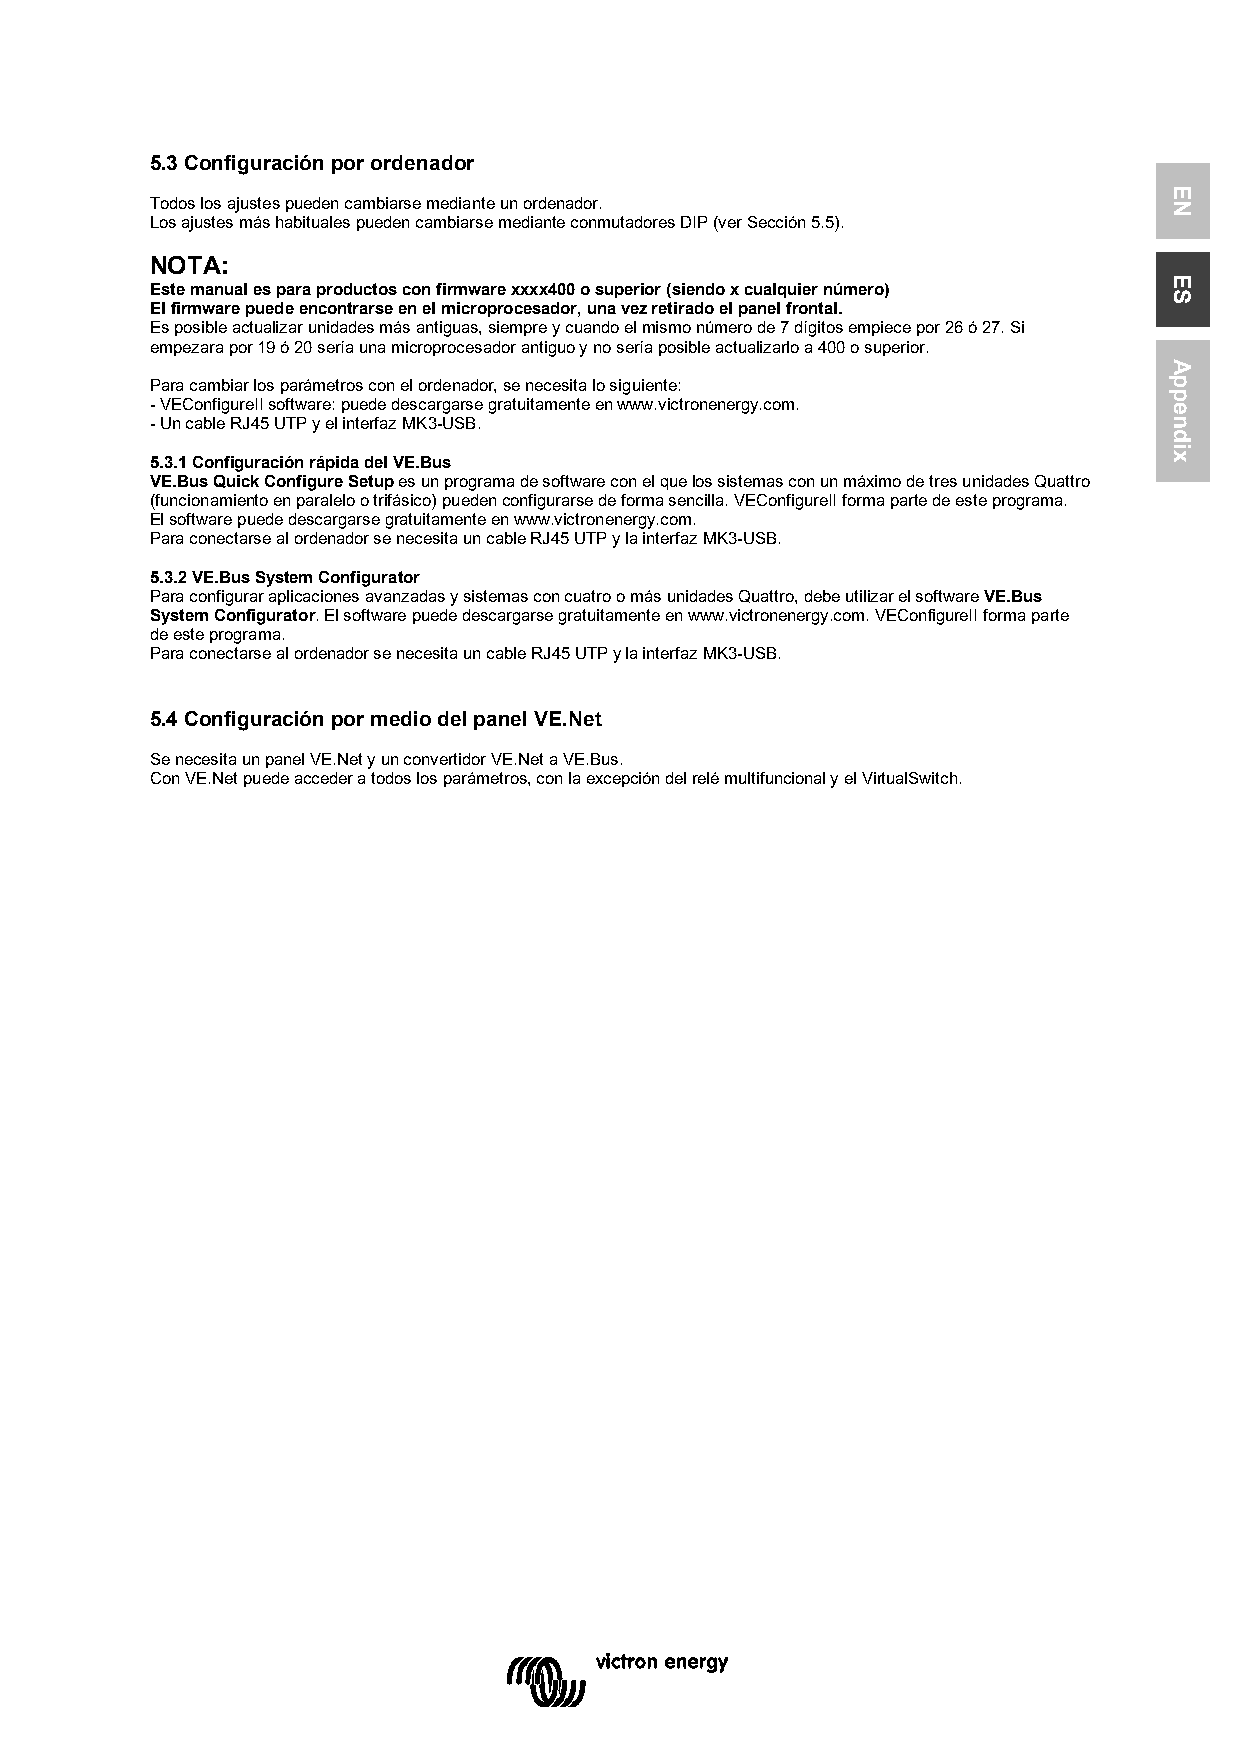
5.3 Configuración por ordenador
 Todos los ajustes pueden cambiarse mediante un ordenador.
 Los ajustes más habituales pueden cambiarse mediante conmutadores DIP (ver Sección 5.5).
 NOTA:
 Este manual es para productos con firmware xxxx400 o superior (siendo x cualquier número)
 El firmware puede encontrarse en el microprocesador, una vez retirado el panel frontal.
 Es posible actualizar unidades más antiguas, siempre y cuando el mismo número de 7 dígitos empiece por 26 ó 27. Si
 empezara por 19 ó 20 sería una microprocesador antiguo y no sería posible actualizarlo a 400 o superior.
 Para cambiar los parámetros con el ordenador, se necesita lo siguiente:
 - VEConfigureII software: puede descargarse gratuitamente en www.victronenergy.com.
 - Un cable RJ45 UTP y el interfaz MK3-USB.
 5.3.1 Configuración rápida del VE.Bus
 VE.Bus Quick Configure Setup es un programa de software con el que los sistemas con un máximo de tres unidades Quattro
 (funcionamiento en paralelo o trifásico) pueden configurarse de forma sencilla. VEConfigureII forma parte de este programa.
 El software puede descargarse gratuitamente en www.victronenergy.com.
 Para conectarse al ordenador se necesita un cable RJ45 UTP y la interfaz MK3-USB.
 5.3.2 VE.Bus System Configurator
 Para configurar aplicaciones avanzadas y sistemas con cuatro o más unidades Quattro, debe utilizar el software VE.Bus
 System Configurator. El software puede descargarse gratuitamente en www.victronenergy.com. VEConfigureII forma parte
 de este programa.
 Para conectarse al ordenador se necesita un cable RJ45 UTP y la interfaz MK3-USB.
 5.4 Configuración por medio del panel VE.Net
 Se necesita un panel VE.Net y un convertidor VE.Net a VE.Bus.
 Con VE.Net puede acceder a todos los parámetros, con la excepción del relé multifuncional y el VirtualSwitch.
 EN
 ES
 Appendix